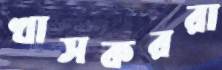
খাসকররা